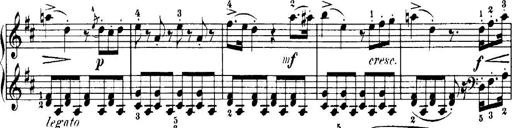
Title: 7 Sonatinas
Composer: Anton Diabelli